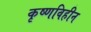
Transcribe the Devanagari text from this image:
कृष्णविहीन